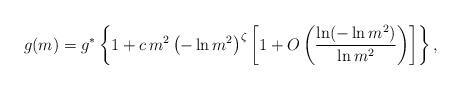
LaTeX: \begin{align*}g(m) = g^* \left\{ 1 + c \,m^2 \left( - \ln m^2\right)^\zeta \left[1 + O\left( {\ln (-\ln m^2)\over \ln m^2}\right)\right]\right\},\end{align*}